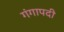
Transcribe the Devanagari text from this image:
गंगापदी